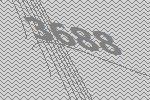
3688